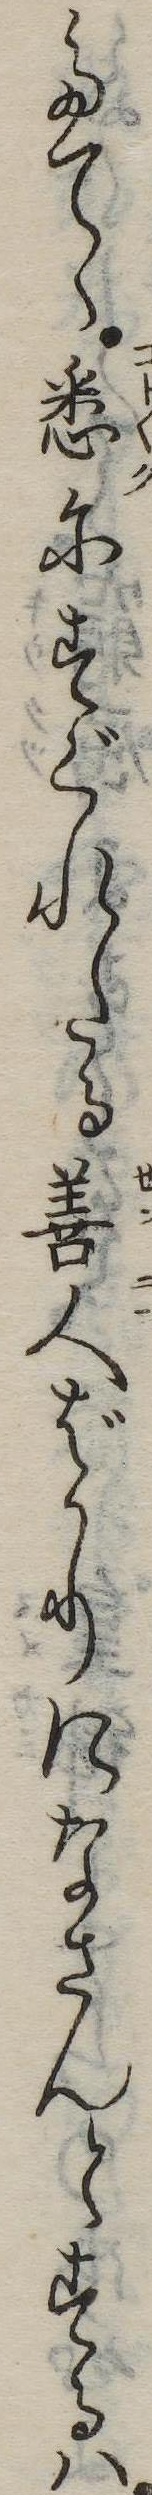
たてゝ悉にすぐれたる善人ばかりになさんとするは